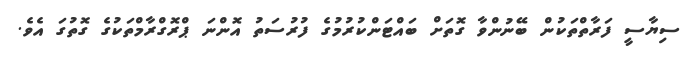
ސިޔާސީ ފަރާތްތަކުން ބޭނުންވާ ގޮތަށް ބައްޓަންކުރުމުގެ ފުރުސަތު އޮންނަ ޕްރޮގްރާމްތަކުގެ ގޮތުގަ އެވެ.